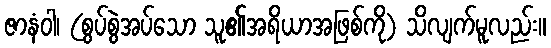
ဇာနံဝါ၊ (စွပ်စွဲအပ်သော သူ၏အရိယာအဖြစ်ကို) သိလျက်မူလည်း။